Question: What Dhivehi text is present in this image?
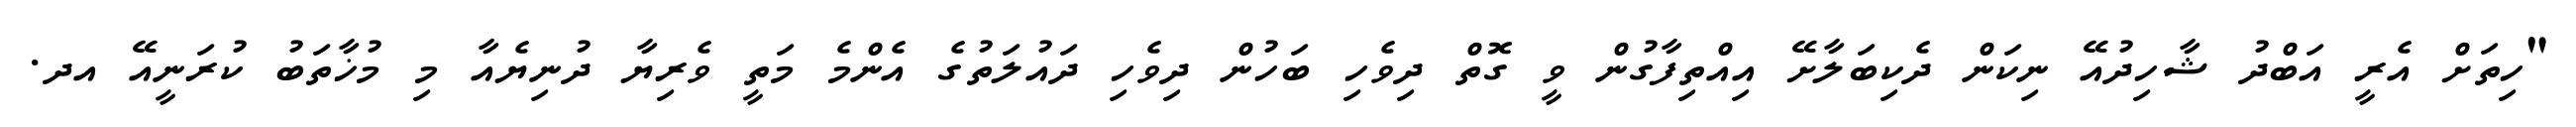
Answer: "ހިތަށް އެރީ އަބްދު ޝާހިދުއޭ ނިކަން ދެކިބަލާށޭ އިއްތިފާގުން ވީ ގޮތް ދިވެހި ބަހުން ދިވެހި ދައުލަތުގެ އެންމެ މަތީ ވެރިޔާ ދުނިޔެއާ މި މުޚާތަބު ކުރަނީއޭ އދ.